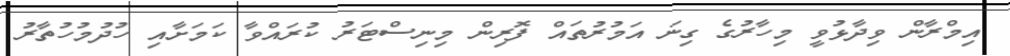
އިމްރާން ވިދާޅުވީ މިހާރުގެ ގިނަ އަމުރުތައް ފޮރިން މިނިސްޓަރު ކުރައްވާ ކަމަށާއި ހުދުމުހުތާރު